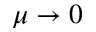
\mu \rightarrow 0